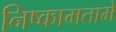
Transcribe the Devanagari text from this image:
निष्कामतामें